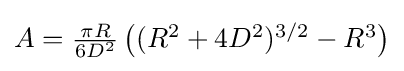
{\textstyle A={\frac {\pi R}{6D^{2}}}\left((R^{2}+4D^{2})^{3/2}-R^{3}\right)}